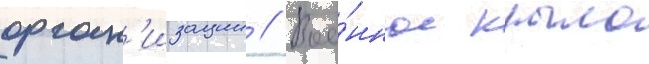
орган'изации // Вое́нное крыло